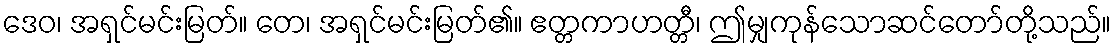
ဒေဝ၊ အရှင်မင်းမြတ်။ တေ၊ အရှင်မင်းမြတ်၏။ ဧတ္တကာဟတ္တီ၊ ဤမျှကုန်သောဆင်တော်တို့သည်။